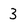
Character: 3